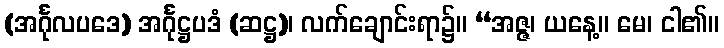
(အင်္ဂုလပဒေ) အင်္ဂုဋ္ဌပဒံ (ဆဋ္ဌ)၊ လက်ချောင်းရာ၌။ “အဇ္ဇ၊ ယနေ့။ မေ၊ ငါ၏။